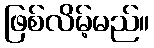
ဖြစ်လိမ့်မည်။